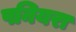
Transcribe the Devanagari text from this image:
पनियरा